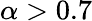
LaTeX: \alpha>0.7